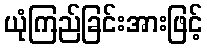
ယုံကြည်ခြင်းအားဖြင့်